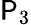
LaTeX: \mathsf{P}_{3}